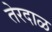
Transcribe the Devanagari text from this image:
तेरदाळ